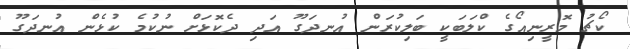
ކޯޗު މޮރީނިއޯގެ ކްލަބަކީ ބަލިކުރަން އުނދަގޫ އަދި ދެކޮޅަށް ނުކުމެ ކުޅެން އުނދަގޫ